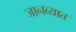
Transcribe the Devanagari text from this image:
जानव्यात